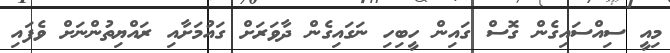
މިއީ ސިއްސައިގެން ގޮސް ގައިން ހީބިހި ނަގައިގެން ދާވަރަށް ގައުމަށާއި ރައްޔިތުންނަށް ވެފައި